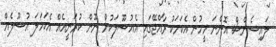
ލައިސެންސް އޮންނަ މީހުން އެކަމަކު ރާއްޖޭގައި އެއުސޫލަކުން ނޫން ކުރަނީއެއް އެކަހަލަ އުސޫލެއް